Indian journal of veterinary science and animal husbandry - Volumes 26-27, 1956-1957
Year: 1956
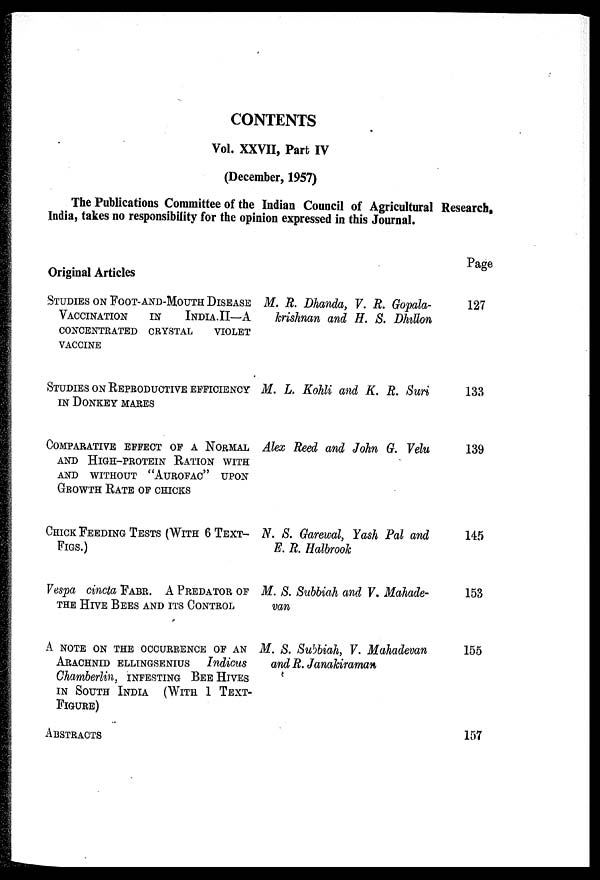
CONTENTS
Vol. XXVII, Part IV
(December, 1957)
The Publications Committee of the Indian Council of Agricultural Research,
India, takes no responsibility for the opinion expressed in this Journal.
Original Articles
STUDIES ON FOOT-AND-MOUTH DISEASE
VACCINATION IN INDIA. II—A
CONCENTRATED CRYSTAL
VIOLET
VACCINE
STUDIES ON EEPRODUCTIVE EFFICIENCY
IN DONKEY MARES
COMPARATIVE EFFECT OF A NORMAL
AND HIGH-PROTEIN RATION WITH
AND WITHOUT "AUROFAC" UPON
GROWTH RATE OF CHICKS
CHICK FEEDING TESTS ("WITH 6 TEXT-
FIGS.)
Vespa cincta FABR. PREDATOR OF
THE HIVE BEES AND ITS CONTROL
A NOTE ON THE OCCURRENCE OF AN
ARACHNID BLLTNGSBNIUS Indicus
Ghamberlin, INFESTING BEE HIVES
IN SOUTH INDIA (WITH 1 TEXT-
FIGURE)
ABSTRACTS
M. R. Dhanda, V. R. Gopala-
krishnan and H. S. Dhllon
M. L. Kohli and K. R. Suri
Alex Reed and John G. Velu
N. 8. Garewal, Yash Pal and
E. R. Halbrook
M. S. Subbiah and F. Mahade-
van
M. S. Subbiah, V. Mahadevan
and R. JanakIraman
Page
127
133
139
145
153
155
157